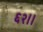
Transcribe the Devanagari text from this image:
६२।।